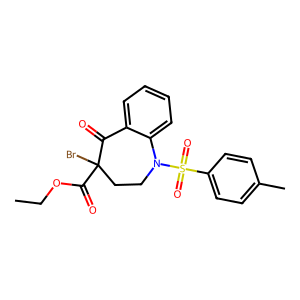
SMILES: CCOC(=O)C1(Br)CCN(S(=O)(=O)c2ccc(C)cc2)c2ccccc2C1=O
Inhibits HIV replication: No